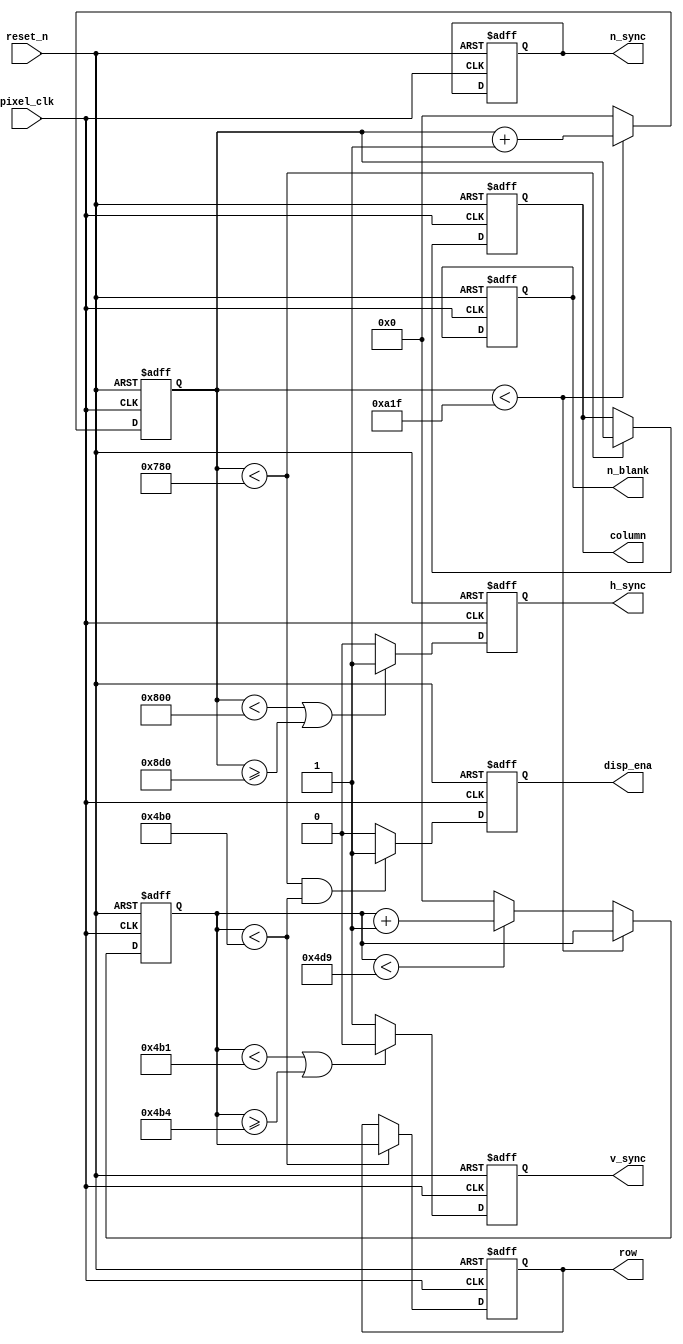
module VgaController #(
    parameter h_pulse = 208,       // horizontal sync pulse width in pixels
    parameter h_bp = 336,          // horizontal back porch width in pixels
    parameter h_pixels = 1920,     // horizontal display width in pixels
    parameter h_fp = 128,          // horizontal front porch width in pixels
    parameter h_pol = 1'b0,        // horizontal sync pulse polarity (1 = positive, 0 = negative)
    parameter v_pulse = 3,         // vertical sync pulse width in rows
    parameter v_bp = 38,           // vertical back porch width in rows
    parameter v_pixels = 1200,     // vertical display width in rows
    parameter v_fp = 1,            // vertical front porch width in rows
    parameter v_pol = 1'b1         // vertical sync pulse polarity (1 = positive, 0 = negative)
) (
    input wire pixel_clk,          // pixel clock at frequency of VGA mode being used
    input wire reset_n,            // active low asynchronous reset
    output reg h_sync,             // horizontal sync pulse
    output reg v_sync,             // vertical sync pulse
    output reg disp_ena,           // display enable ('1' = display time, '0' = blanking time)
    output reg [11:0] column,      // horizontal pixel coordinate
    output reg [11:0] row,         // vertical pixel coordinate
    output reg n_blank,            // direct blanking output to DAC
    output reg n_sync              // sync-on-green output to DAC
);

    localparam h_period = h_pulse + h_bp + h_pixels + h_fp; // total number of pixel clocks in a row
    localparam v_period = v_pulse + v_bp + v_pixels + v_fp; // total number of rows in column

    reg [11:0] h_count = 0; // horizontal counter (counts the columns)
    reg [11:0] v_count = 0; // vertical counter (counts the rows)

    always @(posedge pixel_clk or negedge reset_n) begin
        if (!reset_n) begin // reset asserted
            h_count <= 0; // reset horizontal counter
            v_count <= 0; // reset vertical counter
            h_sync <= ~h_pol; // deassert horizontal sync
            v_sync <= ~v_pol; // deassert vertical sync
            disp_ena <= 1'b0; // disable display
            column <= 0; // reset column pixel coordinate
            row <= 0; // reset row pixel coordinate
            n_blank <= 1'b1; // no direct blanking
            n_sync <= 1'b0; // no sync on green
        end else begin
            // counters
            if (h_count < h_period - 1) begin // horizontal counter (pixels)
                h_count <= h_count + 1;
            end else begin
                h_count <= 0;
                if (v_count < v_period - 1) begin // vertical counter (rows)
                    v_count <= v_count + 1;
                end else begin
                    v_count <= 0;
                end
            end

            // horizontal sync signal
            if (h_count < h_pixels + h_fp || h_count >= h_pixels + h_fp + h_pulse) begin
                h_sync <= ~h_pol; // deassert horizontal sync pulse
            end else begin
                h_sync <= h_pol; // assert horizontal sync pulse
            end

            // vertical sync signal
            if (v_count < v_pixels + v_fp || v_count >= v_pixels + v_fp + v_pulse) begin
                v_sync <= ~v_pol; // deassert vertical sync pulse
            end else begin
                v_sync <= v_pol; // assert vertical sync pulse
            end

            // set pixel coordinates
            if (h_count < h_pixels) begin // horizontal display time
                column <= h_count; // set horizontal pixel coordinate
            end
            if (v_count < v_pixels) begin // vertical display time
                row <= v_count; // set vertical pixel coordinate
            end

            // set display enable output
            if (h_count < h_pixels && v_count < v_pixels) begin // display time
                disp_ena <= 1'b1; // enable display
            end else begin // blanking time
                disp_ena <= 1'b0; // disable display
            end
        end
    end

endmodule